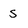
Character: S